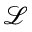
\mathcal { L }